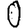
Digit: 0